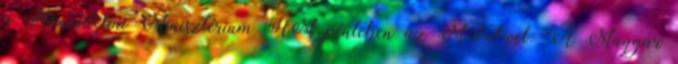
a Honvédelmi Minisztérium HM pénteken az MTI-vel. "A Magyar